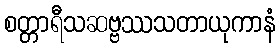
စတ္တာရီသဆဗ္ဗဿသတာယုကာနံ